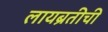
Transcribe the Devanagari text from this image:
लायब्रतीची